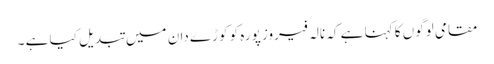
مقامی لوگوں کا کہنا ہے کہ نالہ فیروز پورہ کو کوڑے دان میں تبدیل کیا ہے ۔